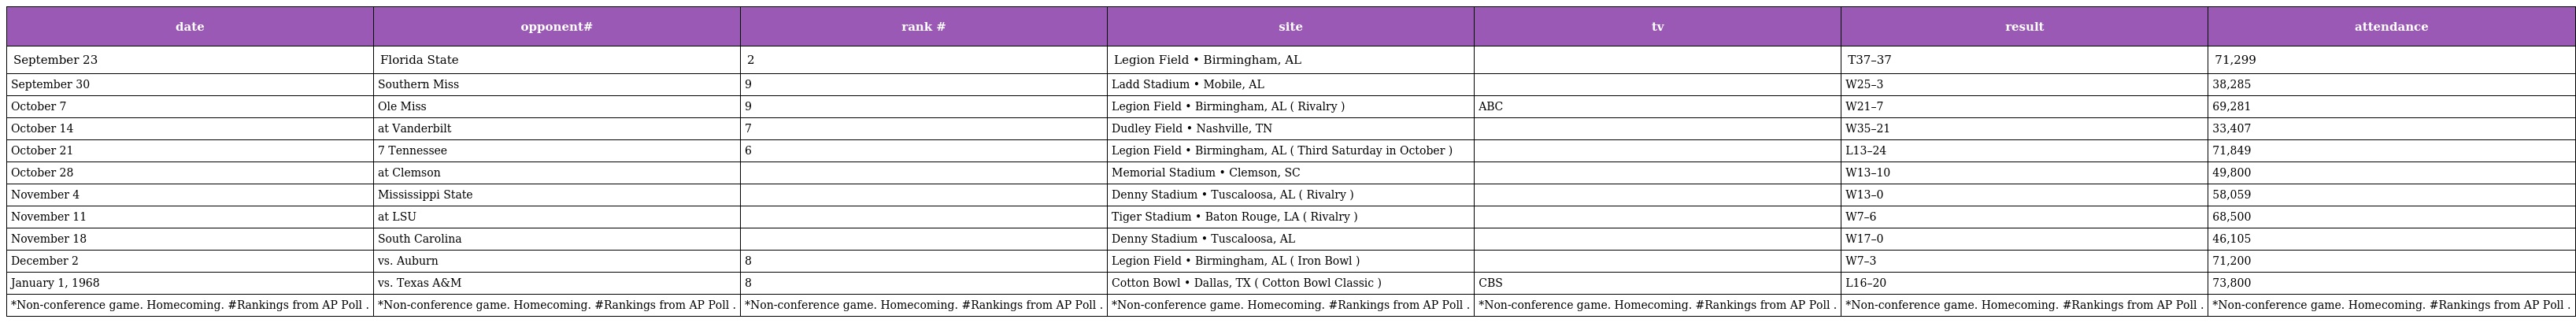
| date | opponent# | rank # | site | tv | result | attendance |
 | --- | --- | --- | --- | --- | --- | --- |
 | September 23 | Florida State | 2 | Legion Field • Birmingham, AL |  | T37–37 | 71,299 |
 | September 30 | Southern Miss | 9 | Ladd Stadium • Mobile, AL |  | W25–3 | 38,285 |
 | October 7 | Ole Miss | 9 | Legion Field • Birmingham, AL ( Rivalry ) | ABC | W21–7 | 69,281 |
 | October 14 | at Vanderbilt | 7 | Dudley Field • Nashville, TN |  | W35–21 | 33,407 |
 | October 21 | 7 Tennessee | 6 | Legion Field • Birmingham, AL ( Third Saturday in October ) |  | L13–24 | 71,849 |
 | October 28 | at Clemson |  | Memorial Stadium • Clemson, SC |  | W13–10 | 49,800 |
 | November 4 | Mississippi State |  | Denny Stadium • Tuscaloosa, AL ( Rivalry ) |  | W13–0 | 58,059 |
 | November 11 | at LSU |  | Tiger Stadium • Baton Rouge, LA ( Rivalry ) |  | W7–6 | 68,500 |
 | November 18 | South Carolina |  | Denny Stadium • Tuscaloosa, AL |  | W17–0 | 46,105 |
 | December 2 | vs. Auburn | 8 | Legion Field • Birmingham, AL ( Iron Bowl ) |  | W7–3 | 71,200 |
 | January 1, 1968 | vs. Texas A&M | 8 | Cotton Bowl • Dallas, TX ( Cotton Bowl Classic ) | CBS | L16–20 | 73,800 |
 | *Non-conference game. Homecoming. #Rankings from AP Poll . | *Non-conference game. Homecoming. #Rankings from AP Poll . | *Non-conference game. Homecoming. #Rankings from AP Poll . | *Non-conference game. Homecoming. #Rankings from AP Poll . | *Non-conference game. Homecoming. #Rankings from AP Poll . | *Non-conference game. Homecoming. #Rankings from AP Poll . | *Non-conference game. Homecoming. #Rankings from AP Poll . |